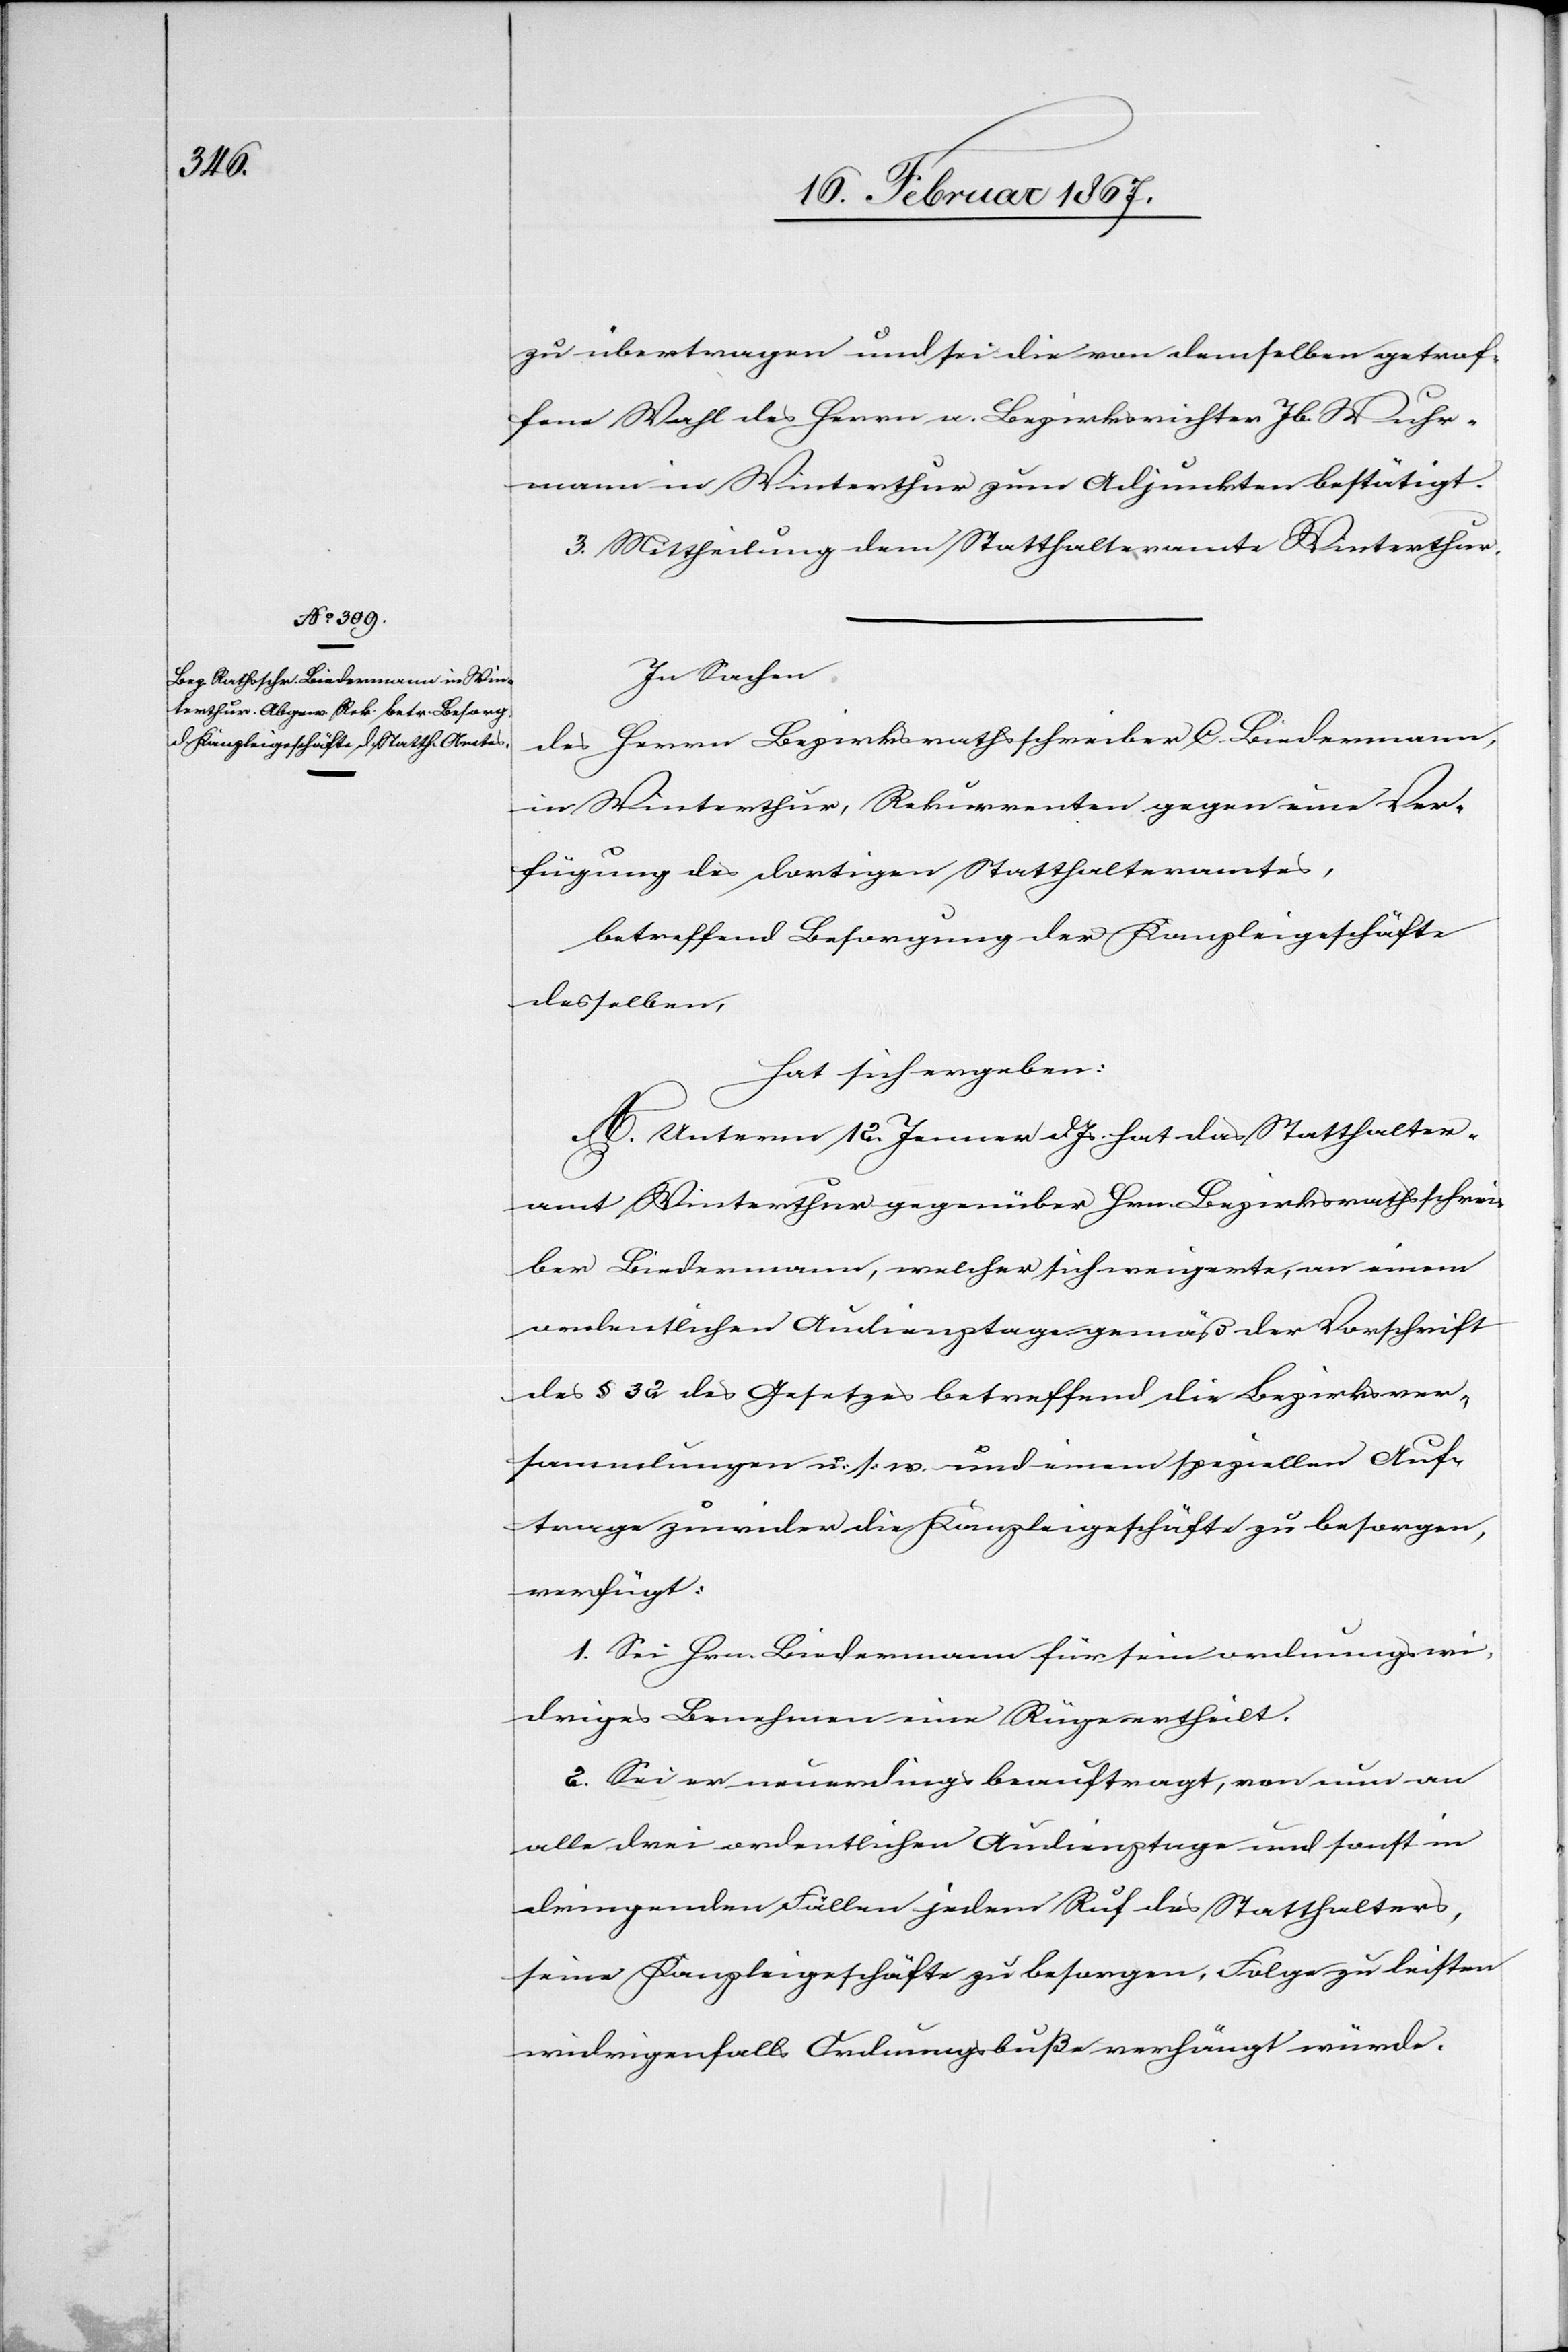
zu übertragen und sei die von demselben getrof¬
fene Wahl des Herrn a. Bezirksrichter Jb. Wuhr¬
mann in Winterthur zum Adjunkten bestätigt.
3. Mittheilung dem Statthalteramte Winterthur.
In Sachen
des Herrn Bezirksrathsschreiber C. Biedermann,
in Winterthur, Rekurrenten gegen eine Ver¬
fügung des dortigen Statthalteramtes,
betreffend Besorgung der Kanzleigeschäfte
desselben,
hat sich ergeben:
A. Unterm 12. Jenner d. Js. hat das Statthalter¬
amt Winterthur gegenüber Hrn. Bezirksrathsschrei¬
ber Biedermann, welcher sich weigerte, an einem
ordentlichen Audienztage gemäß der Vorschrift
des § 32 des Gesetzes betreffend die Bezirksver¬
sammlungen u. s. w. und einem speziellen Auf¬
trage zuwider die Kanzleigeschäfte zu besorgen,
verfügt:
1. Sei Hrn. Biedermann für sein ordnungswi¬
driges Benehmen eine Rüge ertheilt.
2. Sei er neuerdings beauftragt, von nun an
alle drei ordentlichen Audienztage und sonst in
dringenden Fällen jedem Ruf des Statthalters,
seine Kanzleigeschäfte zu besorgen, Folge zu leisten
widrigenfalls Ordnungsbuße verhängt würde.